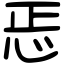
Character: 𢘫